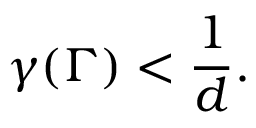
\gamma ( \Gamma ) < \frac { 1 } { d } .